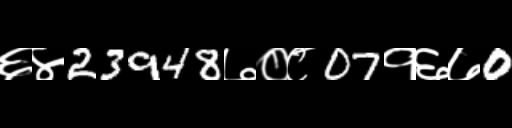
Text: ६४23948७०८07१६७0